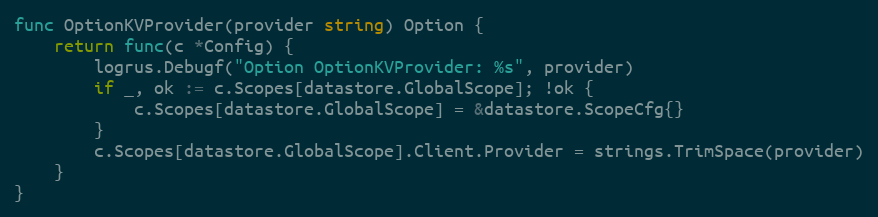
Language: Go
func OptionKVProvider(provider string) Option {
	return func(c *Config) {
		logrus.Debugf("Option OptionKVProvider: %s", provider)
		if _, ok := c.Scopes[datastore.GlobalScope]; !ok {
			c.Scopes[datastore.GlobalScope] = &datastore.ScopeCfg{}
		}
		c.Scopes[datastore.GlobalScope].Client.Provider = strings.TrimSpace(provider)
	}
}